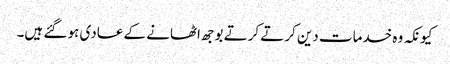
کیونکہ وہ خدمات دین کرتے کرتے بوجھ اٹھانے کے عادی ہو گئے ہیں۔